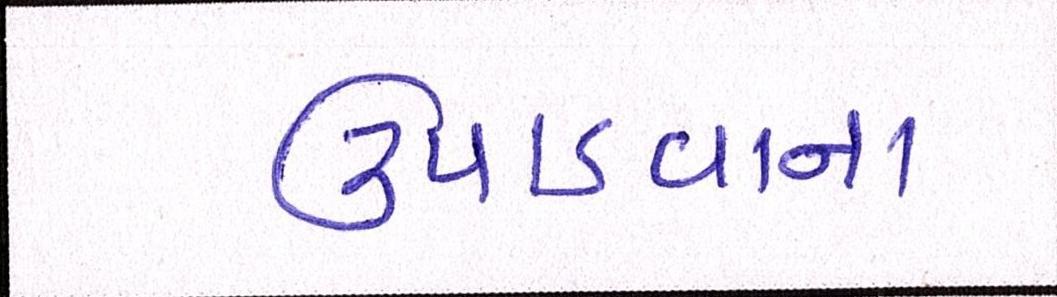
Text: ઉપાડવાના